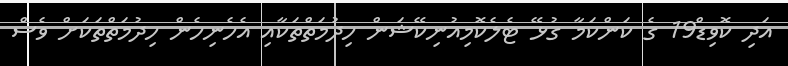
އަދި ކޮވިޑް19 ގެ ކަންކަމާ ގުޅޭ ޓެލެކޮމިއުނިކޭޝަން ހިދުމަތްތަކާއި އެހެނިހެން ހިދުމަތްތަކަށް ވެސް